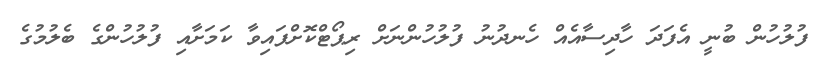
ފުލުހުން ބުނީ އެފަދަ ހާދިސާއެއް ހެނދުނު ފުލުހުންނަށް ރިޕޯޓްކޮށްފައިވާ ކަމަށާއި ފުލުހުންގެ ބެލުމުގެ